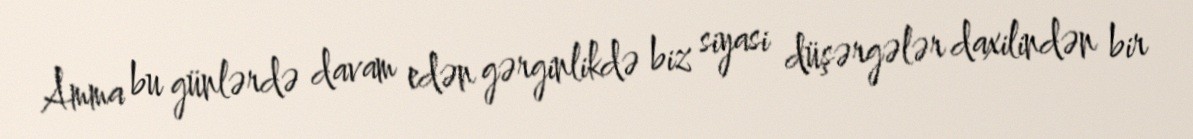
Amma bu günlərdə davam edən gərginlikdə biz siyasi düşərgələr daxilindən bir